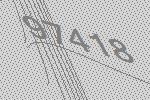
97418